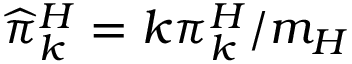
\widehat { \pi } _ { k } ^ { H } = k \pi _ { k } ^ { H } / m _ { H }